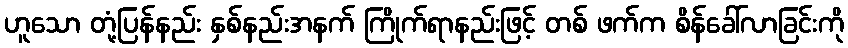
ဟူသော တုံ့ပြန်နည်း နှစ်နည်းအနက် ကြိုက်ရာနည်းဖြင့် တစ် ဖက်က စိန်ခေါ်လာခြင်းကို